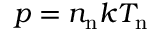
p = n _ { \mathrm { n } } k T _ { \mathrm { n } }